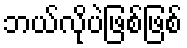
ဘယ်လိုပဲဖြစ်ဖြစ်